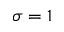
\sigma = 1